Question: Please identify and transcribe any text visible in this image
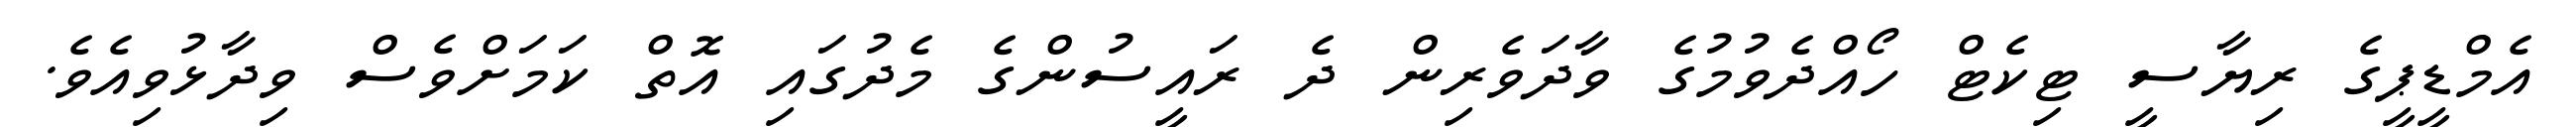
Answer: އެމްޑީޕީގެ ރިޔާސީ ޓިކެޓް ހޯއްދެވުމުގެ ވާދަވެރިން ދެ ރައީސުންގެ މެދުގައި އޮތް ކަމަށްވެސް ވިދާޅުވިއެވެ.